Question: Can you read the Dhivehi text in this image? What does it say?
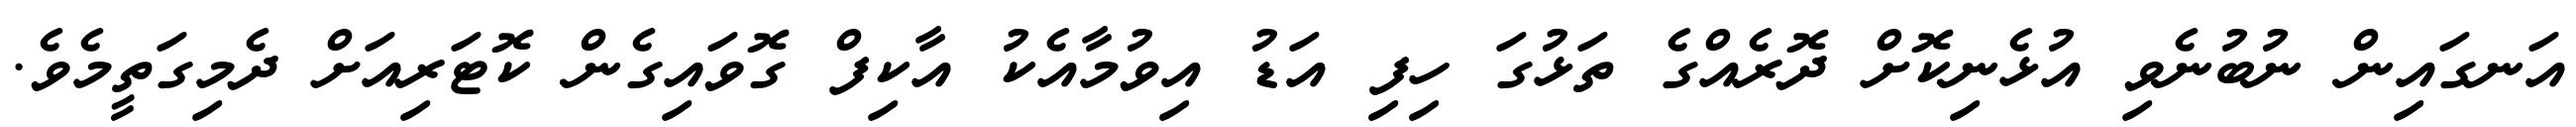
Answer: އަނގައިން ނުބުނެވި އުޅެނިކޮށް ދޮރެއްގެ ތަޅުގަ ހިފި އަޑު އިވުމާއެކު އާކިފް ގޮވައިގެން ކޮޓަރިއަށް ދެމިގަތީމެވެ.